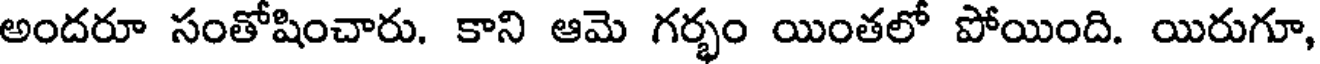
అందరూ సంతోషించారు. కాని ఆమె గర్భం యింతలో పోయింది. యిరుగూ,